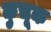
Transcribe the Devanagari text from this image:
कुचूक